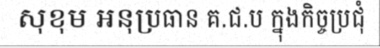
សុខុម អនុប្រធាន គ.ជ.ប ក្នុងកិច្ចប្រជុំ